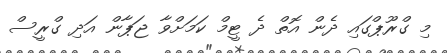
މި ގްރޫޕްގައި ދެން އޮތް ދެ ޓީމް ކަމަށްވާ ޖަޕާން އަދި ގްރީސް